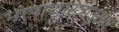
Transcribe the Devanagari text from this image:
भाषाशास्त्रानुसार